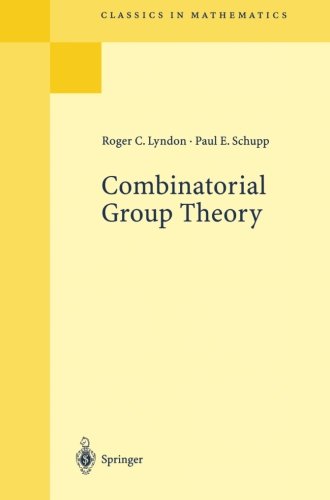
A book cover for Combinatorial Group Theory (Classics in Mathematics); Roger C. Lyndon; Science & Math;